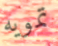
تمويه